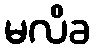
မလိခ